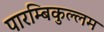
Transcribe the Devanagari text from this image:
पारम्बिकुल्लम